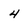
Character: 4